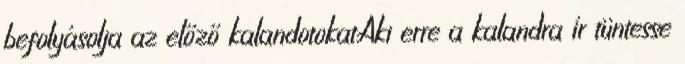
befolyásolja az előző kalandotokat.Aki erre a kalandra ír tüntesse